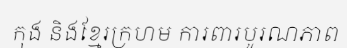
កុង និងខ្មែរក្រហម ការពារបូរណភាព